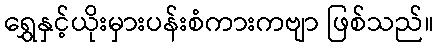
ရွှေနှင့်ယိုးမှားပန်းစံကားကဗျာ ဖြစ်သည်။